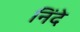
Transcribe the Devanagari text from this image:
निंदे